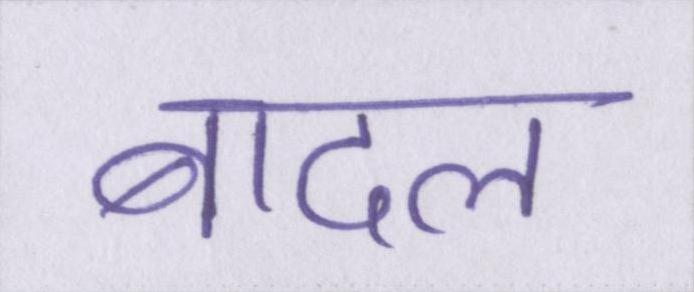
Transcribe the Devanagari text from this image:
बादल